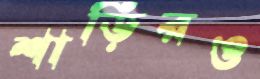
শাড়িরও